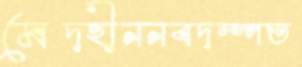
মেদহীননবদম্পত